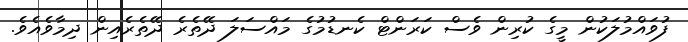
ފުވައްމުލަކުން މީގެ ކުރިން ވެސް ކަރަންޓް ކެނޑުމުގެ މައްސަލަ ދޭތެރެ ދޭތެރެއިން ދިމާވެއެވެ.